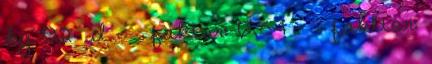
kg O2 d - α faktor: 0,54 - β fakltor: